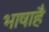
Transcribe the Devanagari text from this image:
भाषाहै